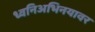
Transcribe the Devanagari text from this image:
ध्वनिअभिनयावर